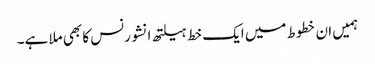
ہمیں ان خطوط میں ایک خط ہیلتھ انشورنس کا بھی ملا ہے۔